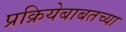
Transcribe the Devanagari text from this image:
प्रक्रियेबाबतच्या